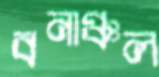
বনাঞ্চল